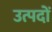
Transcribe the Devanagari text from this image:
उत्पदों